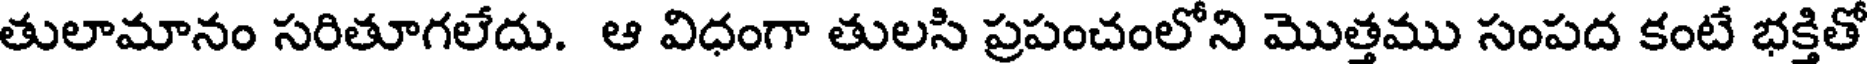
తులామానం సరితూగలేదు. ఆ విధంగా తులసి ప్రపంచంలోని మొత్తము సంపద కంటే భక్తితో